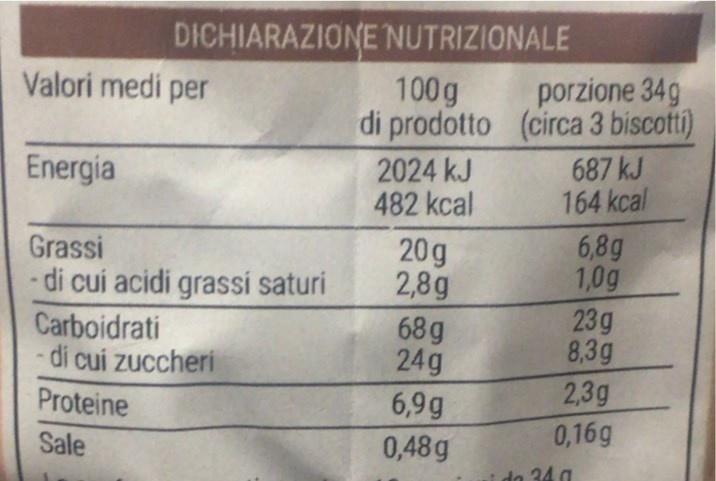
DICHIARAZIONE NUTRIZIONALE
Valori medi per
100g
porzione 34g
di prodotto (circa 3 biscotti)
2024 kJ 482 kcal
687 kJ 164 kcal
Energia
20g 2,8g 68g 24g
6,8g 1,0g 23g 8,3g 2,3g 0,16g
Grassi - di cui acidi grassi saturi
Carboidrati -di cui zuccheri
Proteine
6,9g
Sale
0,48g
do 34 g